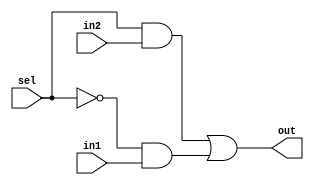
module mux2to1(out,sel,in1,in2);
	 input in1,in2,sel;
	 output out;
	 wire not_sel,a1,a2;
	 not (not_sel,sel);
	 and (a1,sel,in2);
	 and (a2,not_sel,in1);
	 or(out,a1,a2);
endmodule

module bit8_2to1mux(out,sel,in1,in2);
	 input [7:0] in1,in2;
	 output [7:0] out;
	 input sel;
	 genvar j;
	//this is the variable that is be used in the generate
	//block
	 generate for (j=0; j<8;j=j+1) begin: mux_loop
		//mux_loop is the name of the loop
		 mux2to1 m1(out[j],sel,in1[j],in2[j]);
		//mux2to1 is instantiated every time it is called
	 end
	 endgenerate
endmodule

module bit32_2to1mux(out, sel, in1, in2);
	input [31:0] in1, in2;
	output [31:0] out;
	input sel;
	genvar j;

	generate for (j=0; j<31;j=j+8) begin: mux_loop
		//mux_loop is the name of the loop
		bit8_2to1mux m1(out[j+7:j],sel,in1[j+7:j],in2[j+7:j]);
		//mux2to1 is instantiated every time it is called
	end
	endgenerate
endmodule

module tb_32bit2to1mux;
	 reg [31:0] INP1, INP2;
	 reg SEL;
	 wire [31:0] out;
	 bit32_2to1mux M1(out,SEL,INP1,INP2);
	 initial
	 begin
		$monitor(,$time," INPUT1 = %d, INPUT2=%d, SELECT=%b       OUTPUT=%d",INP1,INP2,SEL, out);
		 INP1=32'd4294967243;
		 INP2=32'd4294967221;
		 SEL=1'b0;
		 #100 SEL=1'b1;
		 #1000 $finish;
	 end
endmodule